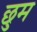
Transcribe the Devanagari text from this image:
छुम